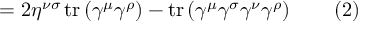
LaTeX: = 2 \eta ^ { \nu \sigma } \operatorname { t r } \left( \gamma ^ { \mu } \gamma ^ { \rho } \right) - \operatorname { t r } \left( \gamma ^ { \mu } \gamma ^ { \sigma } \gamma ^ { \nu } \gamma ^ { \rho } \right) \quad \quad ( 2 )